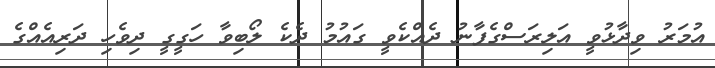
އުމަރު ވިދާޅުވީ އަލިރަސްގެފާނު ދެއްކެވީ ގައުމު ދެކެ ލޯބިވާ ހަގީގީ ދިވެހި ދަރިއެއްގެ